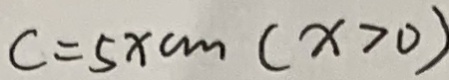
c = 5 x c m ( x > 0 )